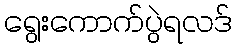
ရွေးကောက်ပွဲရလဒ်